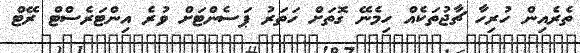
ތެރެއިން ހުރިހާ ޗާޖުތަކެއް ހިމެނޭ ގޮތަށް ހަތަރު ޕަސެންޓަށް ވުރެ އިންޓަރެސްޓް ރޭޓް